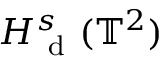
H _ { \mathrm { ~ d ~ } } ^ { s } ( \mathbb { T } ^ { 2 } )